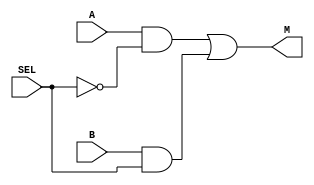
module mux2_1b (
	input 		A,
	input 		B,
	input 		SEL,
	output		M
);
	wire T1, T2;
	
	and	U1 (T1, A, ~SEL);
	and	U2 (T2, B, SEL);
	
	or		U3 (M, T1, T2);


endmodule